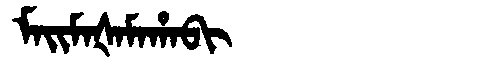
Manchu: ᠮᠠᡳᠮᠠᡧᠠᠮᠠᡥᠠᠪᡳ
Romanization: MAIMAŠAMAHABI